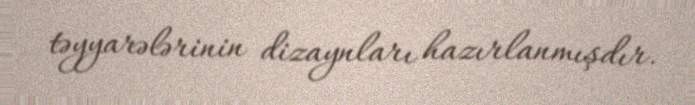
təyyarələrinin dizaynları hazırlanmışdır.